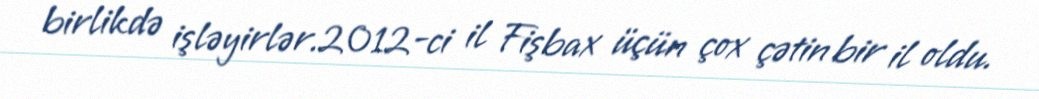
birlikdə işləyirlər.2012-ci il Fişbax üçün çox çətin bir il oldu.